Lock hospitals Punjab
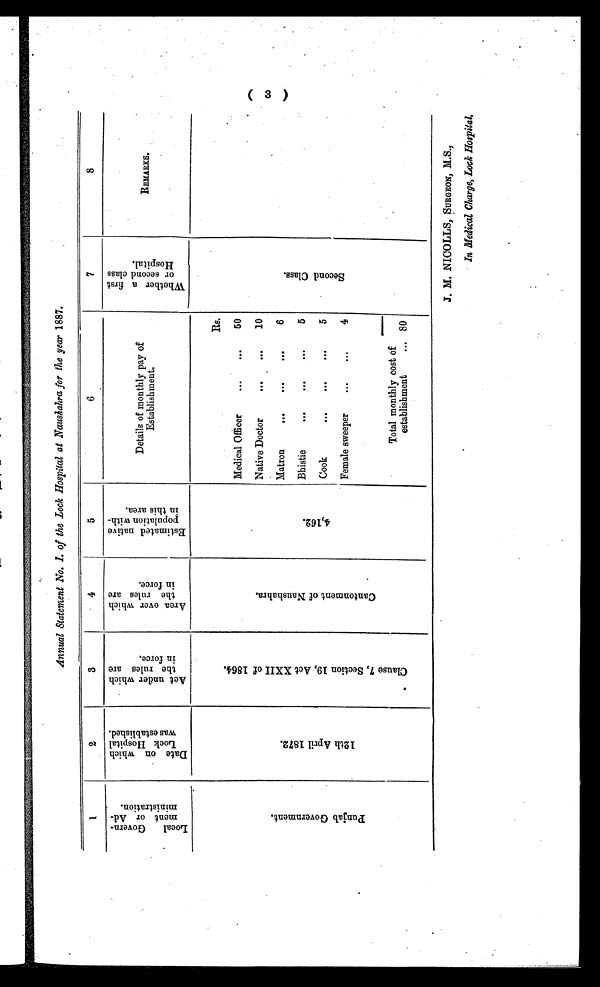
Annual Statement No. I. of the Lock Hospital at Naushahra for the year 1887.
1
2
3
4
5
6 7
8
L o c a l G o v e r n m e n t o r A d m i n i s t r a t i o n .
D a t e o n w h i c h L o c k H o s p i t a l w a s e s t a b l i s h e d .
A c t u n d e r w h i c h t h e r u l e s a r e i n f o r c e .
A r e a o v e r w h i c h t h e r u l e s a r e i n f o r c e
.
E s t i m a t e d n a t i v e p o p u l a t i o n w h i c h i n t h i s a r e a .
Details of monthly pay of
Establishment.
W h e t h e r a f i r s t o r s e c o n d c l a s s H o s p i t a l .
R E M A R K S .
P u n j a b G o v e r n m e n t .
1 2 t h A p r i l 1 8 7 2 .
C l a u s e 7 , S e c t i o n 1 9 , A c t X X I I o f 1 8 6 4 .
C a n t o n m e n t o f N a u s h a h r a .
4 , 1 6 2 .
Rs.
S e c o n d C l a s s .
Medical Officer
50
Native Doctor
10
Matron
6
Bhistie
5
Cook
5
Female sweeper
4
Total monthly cost of
establishment
... 80
J. M. NICOLLS, SURGEON, M.S.,
In Medical Charge, Lock Hospital.
(3)